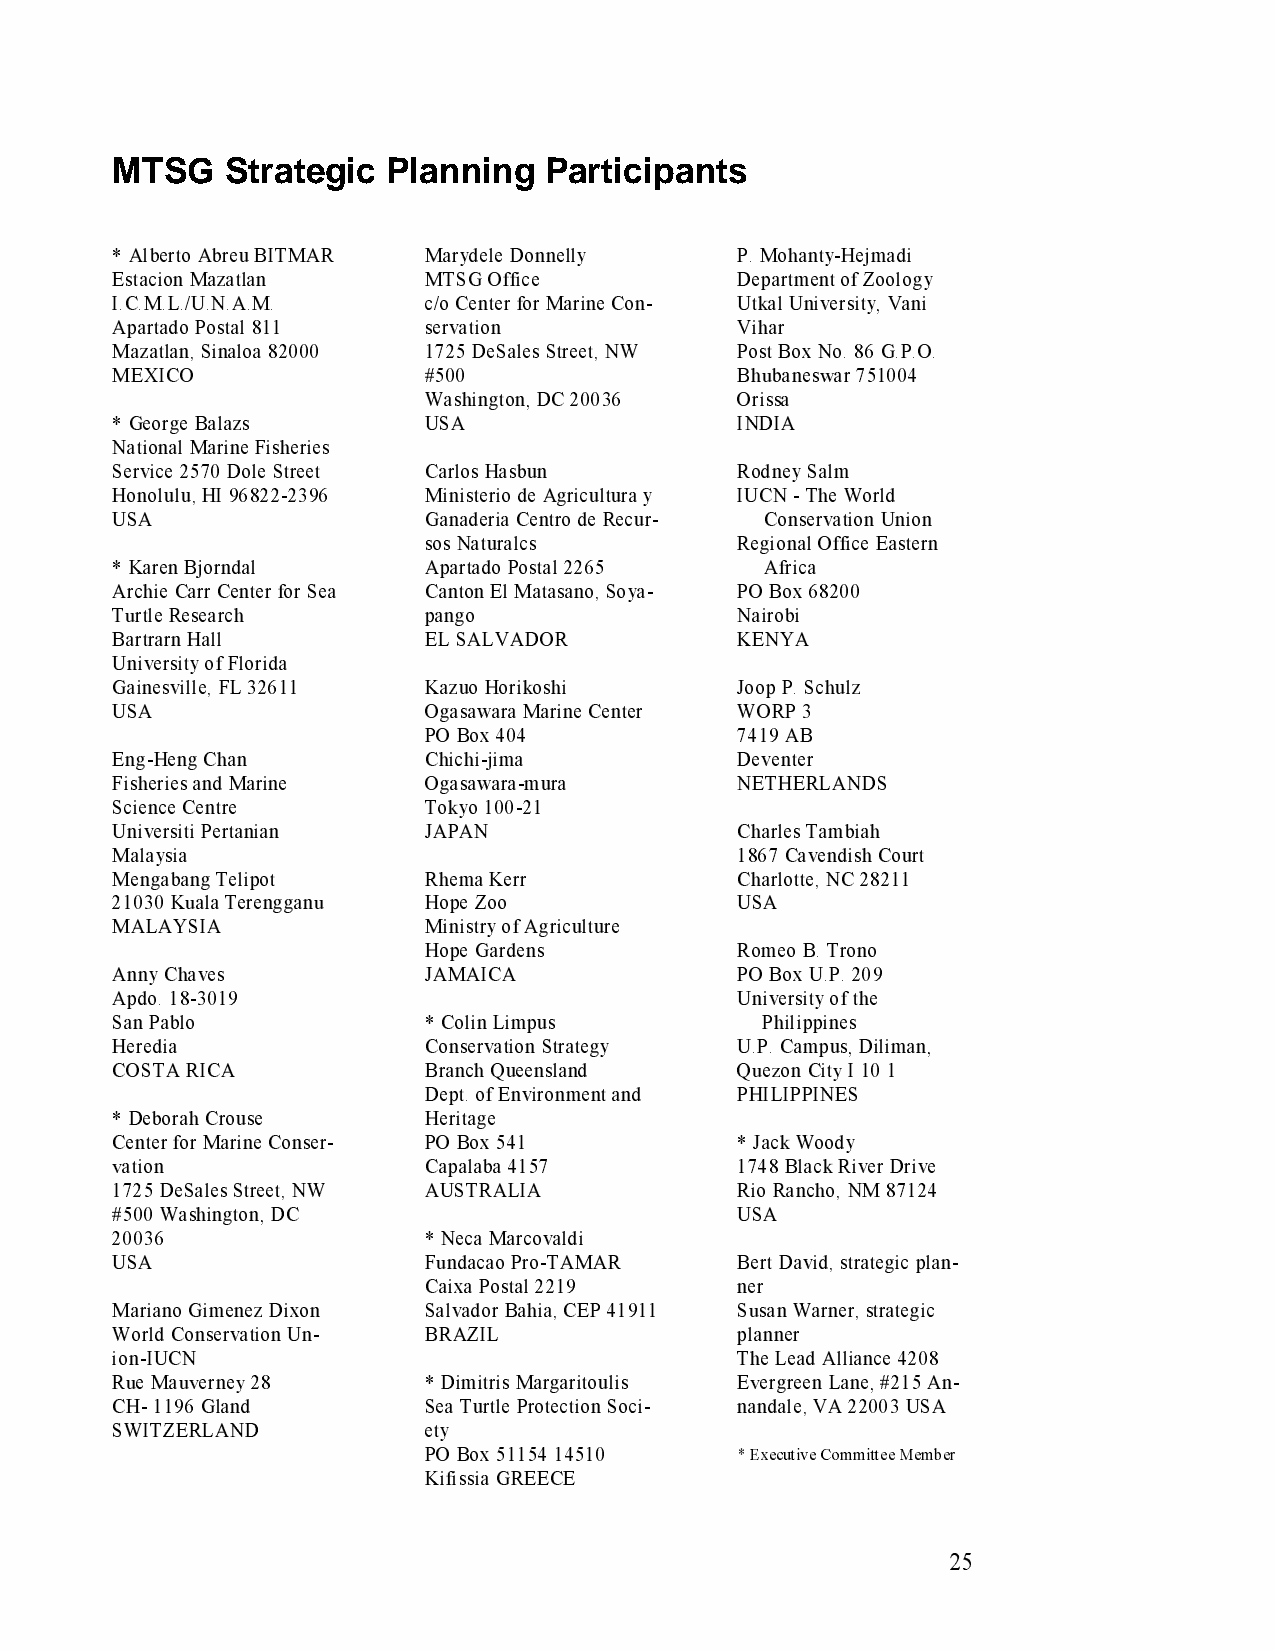
MTSG    Strategic  Planning  Participants
 * Alberto Abreu BITMAR Marydele Donnelly  P. Mohanty-Hejmadi
 Estacion Mazatlan    MTSG Office          Department of Zoology
 I.C.M.L./U.N.A.M.    c/o Center for Marine Con- Utkal University, Vani
 Apartado Postal 811  servation            Vihar
 Mazatlan, Sinaloa 82000 1725 DeSales Street, NW Post Box No. 86 G.P.O.
 MEXICO               #500                 Bhubaneswar 751004
 Washington, DC 20036 Orissa
 * George Balazs      USA                  INDIA
 National Marine Fisheries
 Service 2570 Dole Street Carlos Hasbun    Rodney Salm
 Honolulu, HI 96822-2396 Ministerio de Agricultura y IUCN - The World
 USA                  Ganaderia Centro de Recur- Conservation Union
 sos Naturalcs        Regional Office Eastern
 * Karen Bjorndal     Apartado Postal 2265   Africa
 Archie Carr Center for Sea Canton El Matasano, Soya- PO Box 68200
 Turtle Research      pango                Nairobi
 Bartrarn Hall        EL SALVADOR          KENYA
 University of Florida
 Gainesville, FL 32611 Kazuo Horikoshi     Joop P. Schulz
 USA                  Ogasawara Marine Center WORP 3
 PO Box 404           7419 AB
 Eng-Heng Chan        Chichi-jima          Deventer
 Fisheries and Marine Ogasawara-mura       NETHERLANDS
 Science Centre       Tokyo 100-21
 Universiti Pertanian JAPAN                Charles Tambiah
 Malaysia                                  1867 Cavendish Court
 Mengabang Telipot    Rhema Kerr           Charlotte, NC 28211
 21030 Kuala Terengganu Hope Zoo           USA
 MALAYSIA             Ministry of Agriculture
 Hope Gardens         Romeo B. Trono
 Anny Chaves          JAMAICA              PO Box U.P. 209
 Apdo. 18-3019                             University of the
 San Pablo            * Colin Limpus        Philippines
 Heredia              Conservation Strategy U.P. Campus, Diliman,
 COSTA RICA           Branch Queensland    Quezon City I 10 1
 Dept. of Environment and PHILIPPINES
 * Deborah Crouse     Heritage
 Center for Marine Conser- PO Box 541      * Jack Woody
 vation               Capalaba 4157        1748 Black River Drive
 1725 DeSales Street, NW AUSTRALIA         Rio Rancho, NM 87124
 #500 Washington, DC                       USA
 20036                * Neca Marcovaldi
 USA                  Fundacao Pro-TAMAR   Bert David, strategic plan-
 Caixa Postal 2219    ner
 Mariano Gimenez Dixon Salvador Bahia, CEP 41911 Susan Warner, strategic
 World Conservation Un- BRAZIL             planner
 ion-IUCN                                  The Lead Alliance 4208
 Rue Mauverney 28     * Dimitris Margaritoulis Evergreen Lane, #215 An-
 CH- 1196 Gland       Sea Turtle Protection Soci- nandale, VA 22003 USA
 SWITZERLAND          ety
 PO Box 51154 14510
 * Executive Committee Member
 Kifissia GREECE
 25